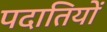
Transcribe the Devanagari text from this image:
पदातियों